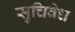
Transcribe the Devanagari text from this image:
सुचिवेध